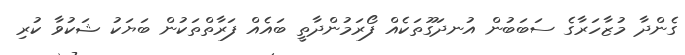
ގެންދާ މުޒާހަރާގެ ސަބަބުން އުނދަގޫތަކެއް ފޯރަމުންދާތީ ބައެއް ފަރާތްތަކުން ބަޔަކު ޝަކުވާ ކުރި